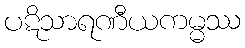
ပဋိသာရဏီယကမ္မဿ